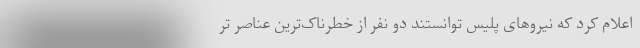
اعلام کرد که نیروهای پلیس توانستند دو نفر از خطرناک‌ترین عناصر تر